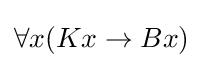
\forall x(Kx\rightarrow Bx)